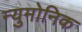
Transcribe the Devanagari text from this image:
न्युमोनिक